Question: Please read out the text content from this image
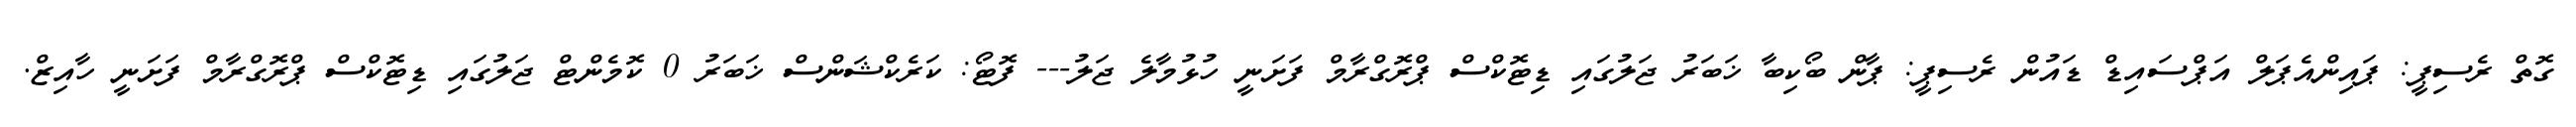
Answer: ގޮތް ރެސިޕީ: ޕައިންއެޕަލް އަޕްސައިޑް ޑައުން ރެސިޕީ: ޕާން ބޯކިބާ ޚަބަރު ޖަލުގައި ޑިޓޮކްސް ޕްރޮގްރާމް ފަށަނީ ހުޅުމާލެ ޖަލު--- ފޮޓޯ: ކަރެކްޝަންސް ޚަބަރު 0 ކޮމެންޓް ޖަލުގައި ޑިޓޮކްސް ޕްރޮގްރާމް ފަށަނީ ހާއިޒް.